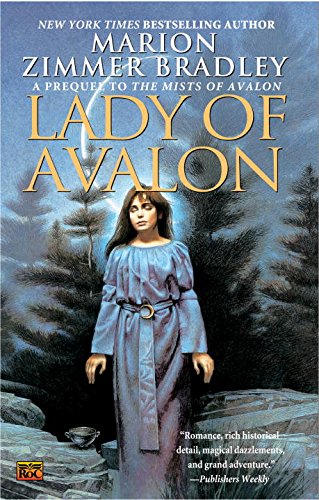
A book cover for Lady of Avalon; Marion Zimmer Bradley; Science Fiction & Fantasy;